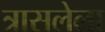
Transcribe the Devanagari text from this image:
त्रासलेला